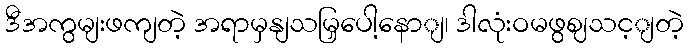
ဒီအကွမျးဖကျတဲ့ အရာမှနျသမြှပေါ့နောျ၊ ဒါလုံးဝမဖွဈသင့ျတဲ့